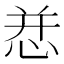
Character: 㤣